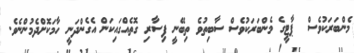
މެންބަރަކުވެސް  ޕާޓީގެ މެންބަރަކުވެސް ސާބިތުވެ ތިބޭނީ ފިސާރި ގޮތެއްގައިކަން އެގެންދަނީ ހާމަކޮށްދެމުންނެވެ.